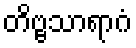
တိဗ္ဗသာရာဂံ